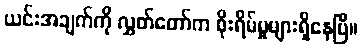
ယင်းအချက်ကို လွှတ်တော်က စိုးရိမ်မှုများရှိနေပြီ။